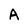
Character: A